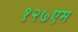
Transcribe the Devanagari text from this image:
१२७एम